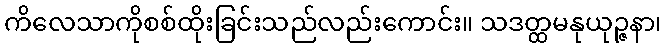
ကိလေသာကိုစစ်ထိုးခြင်းသည်လည်းကောင်း။ သဒတ္ထမနုယုဉ္ဇနာ၊